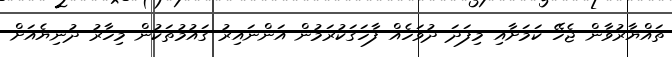
ތައްޔާރުވާން ޖެހޭ ކަމަށާއި މިފަދަ ދުވަހެއް ފާހަގަކުރަމުން އަންނައިރު ގައުމުތަކުން މިހާރު ދުނިޔެއަށް